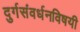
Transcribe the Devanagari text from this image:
दुर्गसंवर्धनविषयी